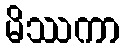
မိဿကာ